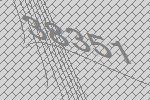
38351